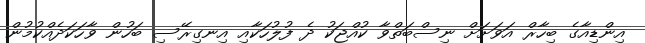
އިންޑިއާގެ ބިހާރް އަވަށަށް ނިސްބަތްވާ ކުއްޖަކު ދެ ފުލުހަކާއި އިނގިރޭސި ބަހުން ވާހަކަދެއްކުމުން